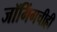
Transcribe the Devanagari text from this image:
जॉगिंगचीही